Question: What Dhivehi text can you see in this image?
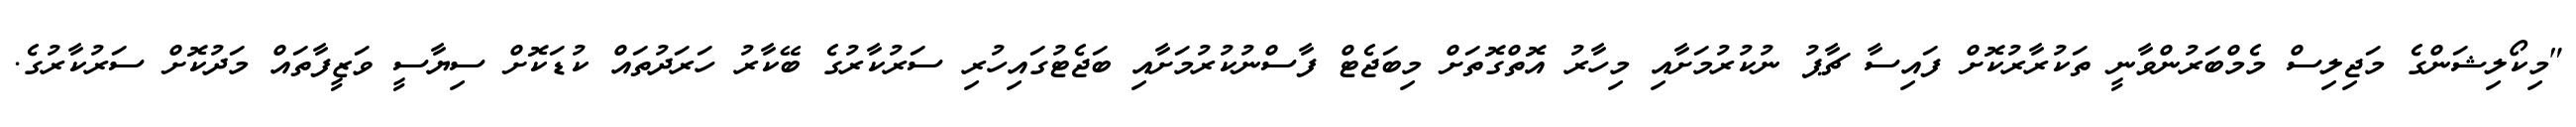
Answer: "މިކޯލިޝަންގެ މަޖިލިސް މެމްބަރުންވާނީ ތަކުރާރުކޮށް ފައިސާ ޗާޕު ނުކުރުމަށާއި މިހާރު އޮތްގޮތަށް މިބަޖެޓް ފާސްނުކުރުމަށާއި ބަޖެޓުގައިހުރި ސަރުކާރުގެ ބޭކާރު ހަރަދުތައް ކުޑަކޮށް ސިޔާސީ ވަޒީފާތައް މަދުކޮށް ސަރުކާރުގެ.